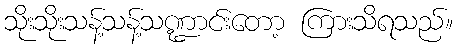
သိုးသိုးသန့်သန့်သဏ္ဍာင်းတော့ ကြားသိရသည်။